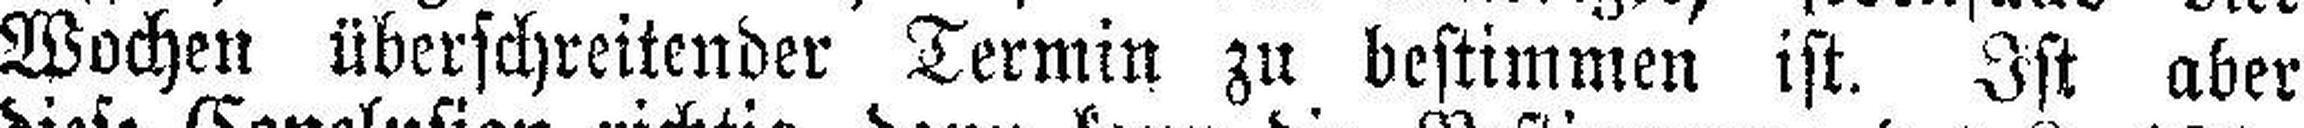
Wochen überschreitender Termin zu bestimmen ist. Ist aber